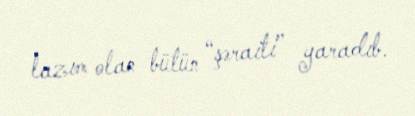
lazım olan bütün “şəraiti” yaradıb.